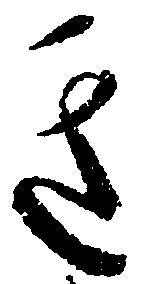
き